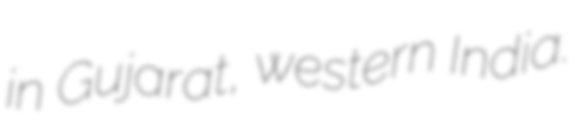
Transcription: in Gujarat, western India.